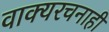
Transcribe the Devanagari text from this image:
वाक्यरचनाही